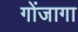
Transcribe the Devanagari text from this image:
गोंजागा